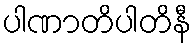
ပါဏာတိပါတိနီ